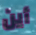
أين